Vaccine operations Central Provinces & Berar 1922-1929 - 1922-1929
Year: 1922
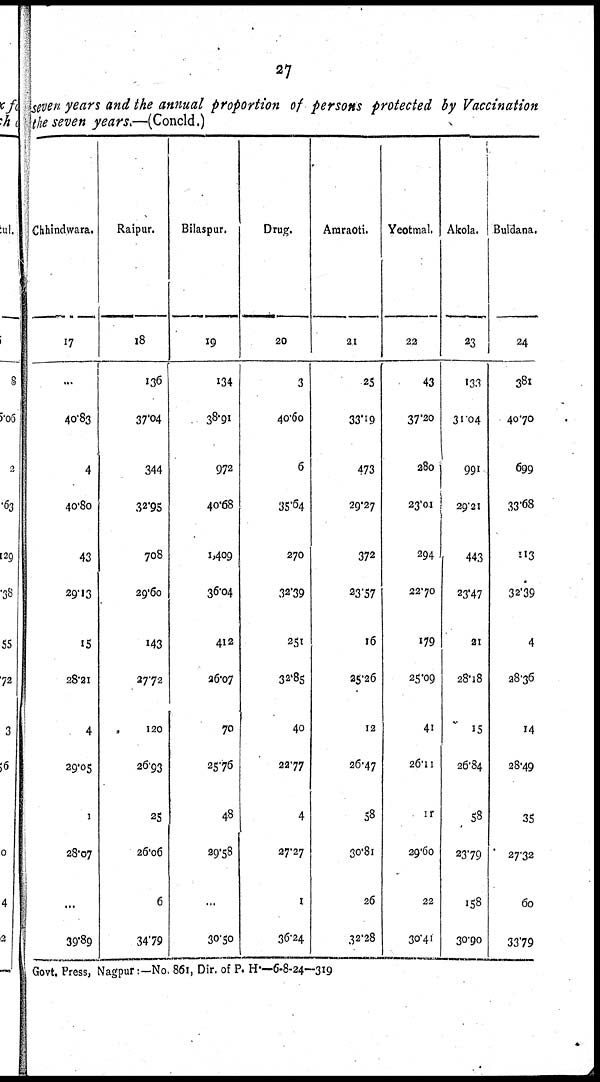
27
seven years and the annual proportion of persons protected by Vaccination
the seven years.—(Concld.)
Chhindwara.
17
...
40.83
4
40.80
43
29.13
15
28.21
4
29.05
1
28.07
...
39.89
Raipur.
18
136
37.04
344
32.95
708
29.60
143
27.72
120
26.93
25
26.06
6
34.79
Bilaspur.
19
134
38.91
972
40.68
1,409
36.04
412
26.07
70
25.76
48
29.58
...
30.50
Drug.
20
3
40.60
6
35.64
270
32.39
251
32.85
40
22.77
4
27.27
1
36.24
Amraoti.
21
25
33.19
473
29.27
372
23.57
16
25.26
12
26.47
58
30.81
26
32.28
Yeotmal.
22
43
37.20
280
23.01
294
22.70
179
25.09
41
26.11
11
29.60
22
30.41
Akola.
23
133
31.04
991
29.21
443
23.47
21
28.18
15
26.84
58
23.79
158
30.90
Buldana.
24
381
40.70
699
33.68
113
32.39
4
28.36
14
28.49
35
27.32
60
33.79
Govt. Press, Nagpur:—No. 861, Dir. of P. H.—6-8-24—319